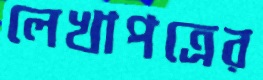
লেখাপত্রের